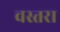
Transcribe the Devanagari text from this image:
वस्तरा